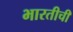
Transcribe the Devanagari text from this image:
भारतीची